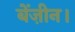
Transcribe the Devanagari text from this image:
बेंज़ीन।